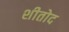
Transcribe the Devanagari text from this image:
शीतोद